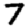
Digit: 7